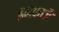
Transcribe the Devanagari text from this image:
इनकाजै